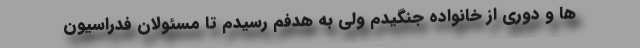
ها و دوری از خانواده جنگیدم ولی به هدفم رسیدم تا مسئولان فدراسیون